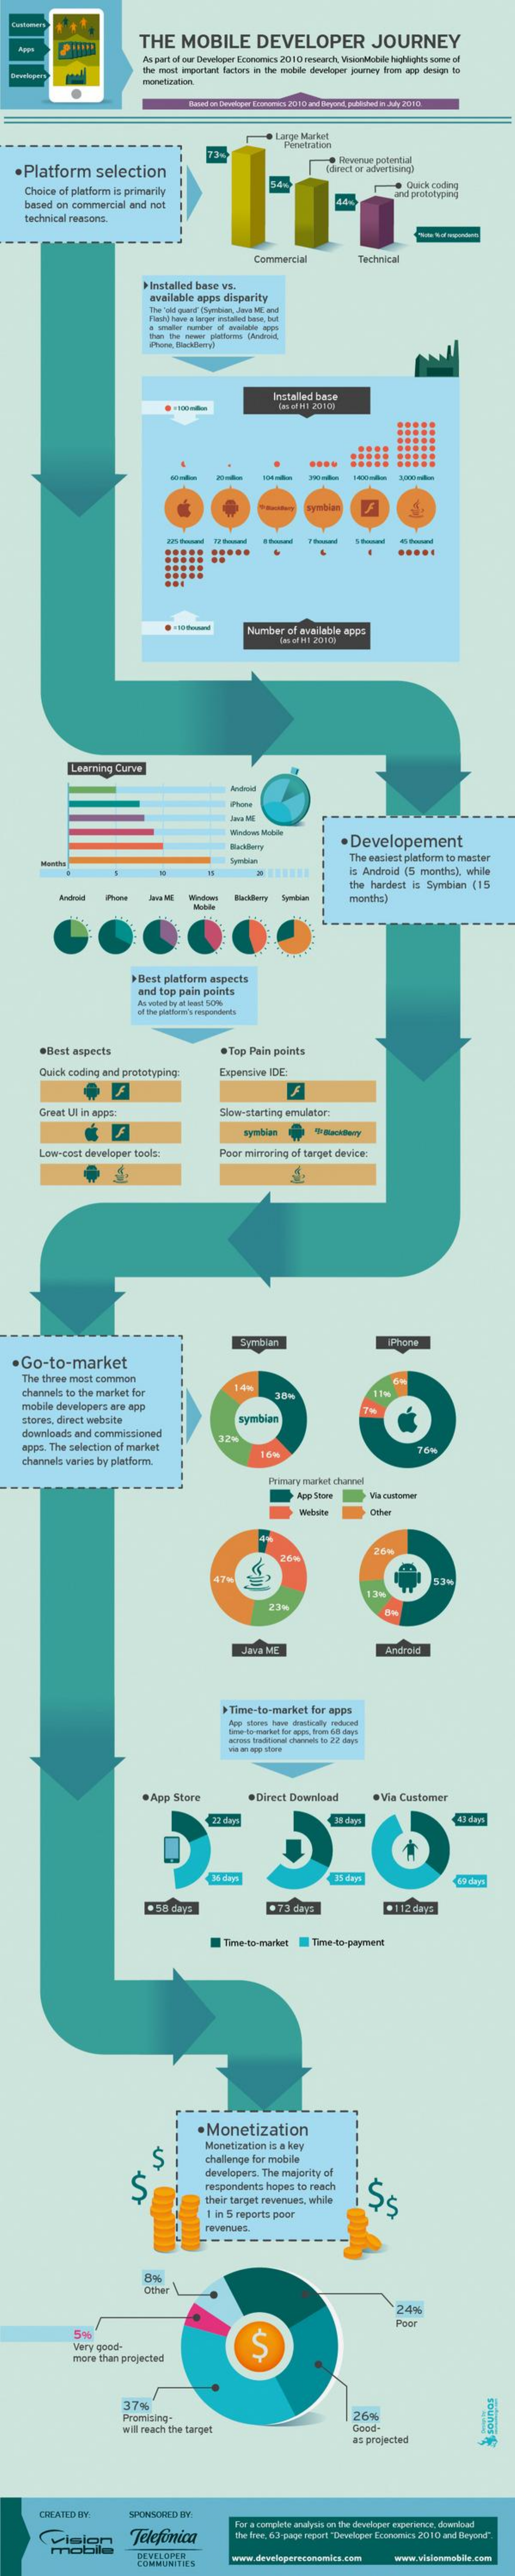
THE    MOBILE    DEVELOPER    JOURNEY
     As part of our Developer Econcedis 2010 research, VejceMobile Lepilantes some of
     the most important factors in the mobile deweloper journey from app design is
     arge Market
     Penetration
   .Platform    selection
     Hevertue pelental
     Comect of advertisingl
     Choice of platform is primarily
     + Quick coding
     based on commercial   and not
     technical reasons.
     Commercial    Technica
     +Installed base  vs.
     available apps  disparity
     The "old perf Option, Jeva ME and
     -----
     Installed base
     ....
     ..
     -
     .....
     Number  of available apps
     -WH1 20100
     Learning  Curve
     Jera ME
     ·Developement
     The easiest platform to master
     is Android (5  months), while
     the hardest  is Symbian   (15
     Javi Mi    mantha)
     Best  platform  aspects
     and top pain points
     Au volno by at inert 50%
     .Best  aspects    . Tep Pain points
     Quick  coding and prototyping:    Expensive IDE
     Great  Ul in apps:    Slow-starting emulator
     symbian
     Low -cost developer tools:    Poar mirroring of target device:
     cambian    Phone
  ·Go-to-market
     The three most common
     channels to the market for
     mobile developers  are app
     stores, direct website    symbian
     downloads  and commissioned
     apps. The selection of market
     channels varies by platform.
     Primary market channel
     App Store
     Website
     26-
     22%
     JINA NE    Android
     + Time-to-market  for apps
     ·App   Store    . Direct Download    . Via Customer
     18 days    43 dip
     35 dmp
     58 days    *112 8412
     Time-to-market    Time-to-payment
     ·Monetization
     Monetization is a key
     challenge for mobile
     S
     developers. The majority of
     respondents  hopes to reach
     55 their target revenues, while
     in 5 reports poor
     revenues
     8%
     Other
     249
     Poor
     Very good-    IS
     more than projected
     37%
     Promising.
     wil reach the target
     is projected
     CREATED BY:    SPONSORED  BY
     Telefonica
     Far a complete analysis on the developer experience, download
     the free. 63-page repar! "Developer Economics 20110 and Beyond".
     DEVELOPER
     COMMUNITE'S
     www.visionmable.com